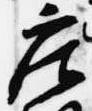
庄